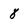
Character: 8